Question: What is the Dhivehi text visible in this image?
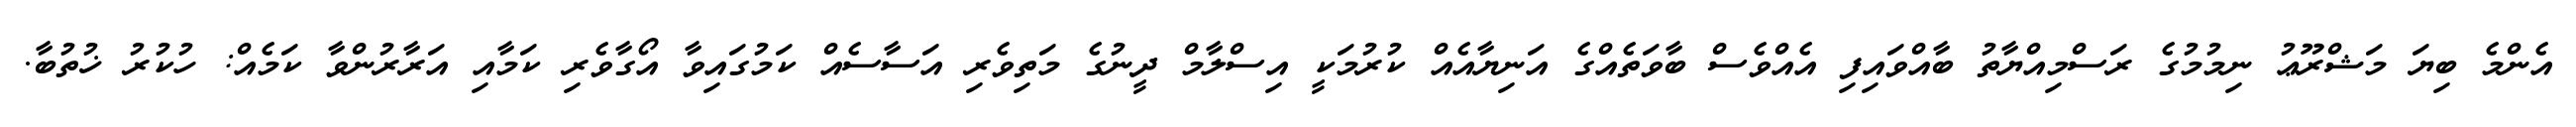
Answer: އެންމެ ބިޔަ މަޝްރޫޢު ނިމުމުގެ ރަސްމިއްޔާތު ބާއްވައިފި އެއްވެސް ބާވަތެއްގެ އަނިޔާއެއް ކުރުމަކީ އިސްލާމް ދީނުގެ މަތިވެރި އަސާސެއް ކަމުގައިވާ އޯގާވެރި ކަމާއި އަރާރުންވާ ކަމެއް: ހުކުރު ޚުތުބާ.